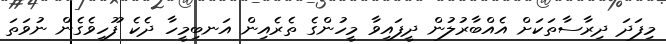
މިފަދަ ދިރާސާތަކަށް އެއްބާރުލުން ދީފައިވާ މީހުންގެ ތެރެއިން އަނބިމީހާ ދެކެ ފޫހިވެގެން ނުވަތަ